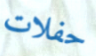
حفلات